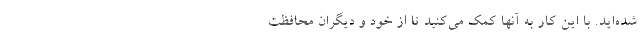
شده‌اید. با این کار به آنها کمک می‌کنید تا از خود و دیگران محافظت